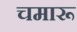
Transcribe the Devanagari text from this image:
चमारू